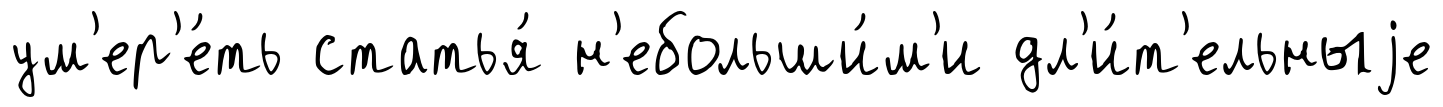
ум'ер'е́ть статья́ н'ебольши́м'и дл'и́т'ельныjе